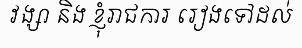
វង្សា និង ខ្ញុំរាជការ រៀងទៅដល់